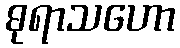
ဓုရာသဟော